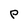
Character: P